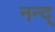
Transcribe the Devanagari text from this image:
नन्द्